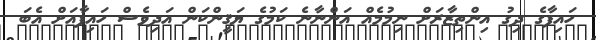
ހައިފާގެ ދިގު އިންތިޒާރަށް ނިމުމެއް އަންނާނެ ކަމުގެ ޔަޤީންކަން އަދިވެސް ހައިފާއަށް އެބަ